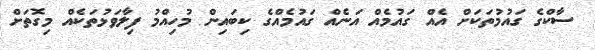
ސާކްގެ ގައުމުތަކަށް އެއް ގައުމެއް އަނެއް ގައުމެއްގެ ކިބައިން މުހިއްމު ފިލާވަޅުތަކެއް މިގޮތަށް